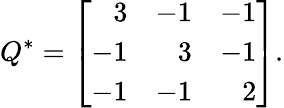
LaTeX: Q^{\ast}=\left[{\begin{array}{rrr}{3}&{-1}&{-1}\\ {-1}&{3}&{-1}\\ {-1}&{-1}&{2}\end{array}}\right].